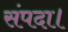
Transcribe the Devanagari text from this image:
संपदा।